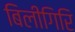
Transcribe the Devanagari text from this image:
बिलीगिरि